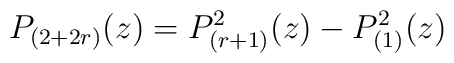
P_{(2+2r)} (z) =  P_{(r+1)}^2 (z)  -P_{(1)}^2(z)